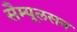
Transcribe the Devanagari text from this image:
सैम्यूलसन